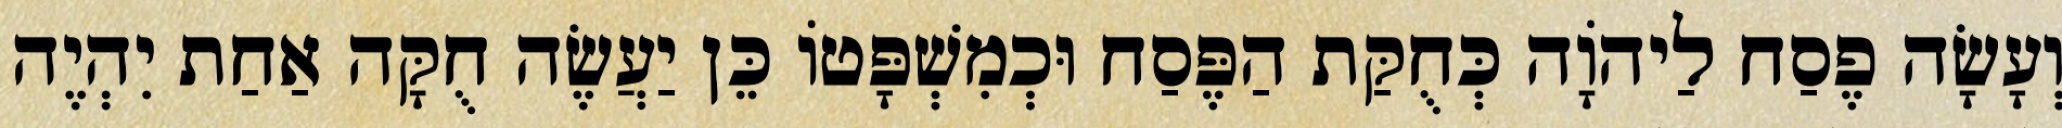
וְעָשָׂה פֶסַח לַיהֹוָה כְּחֻקַּת הַפֶּסַח וּכְמִשְׁפָּטוֹ כֵּן יַעֲשֶׂה חֻקָּה אַחַת יִהְיֶה